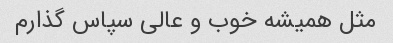
مثل همیشه خوب و عالی سپاس گذارم